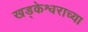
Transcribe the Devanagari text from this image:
खड्केश्वराच्या